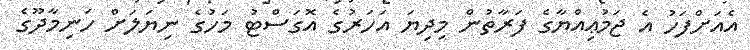
އެއަށްފަހު އެ ޖަމުޢިއްޔާގެ ފަރާތުން މިދިޔަ އަހަރުގެ އޮގަސްޓު މަހުގެ ނިޔަލަށް ހަނިމާދޫގެ